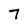
Character: 7